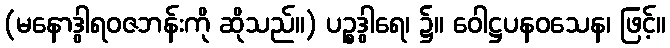
(မနောဒွါရဝဇဘန်းကို ဆိုသည်။) ပဉ္စဒွါရေ၊ ၌။ ဝေါဋ္ဌပနဝသေန၊ ဖြင့်။